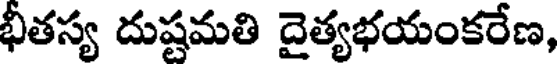
భీతస్య దుష్టమతి దైత్యభయంకరేణ,